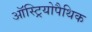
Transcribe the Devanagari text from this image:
ऑस्ट्रियोपैथिक